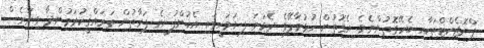
ޕްރޮޖެކްޓްތަކާއި ބެހޭގޮތުންނެވެ. އެގޮތުން ހުޅުމާލޭގެ ދެވަނަ ފިޔަވަހީގައި އެކުންފުނީގެ ފަރާތުން ތަރައްޤީކުރަމުންދާ ވިނަރެސް